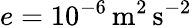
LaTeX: e=10^{-6}\, \mathrm{{m^{2}\, s^{-2}}}